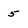
Character: 5